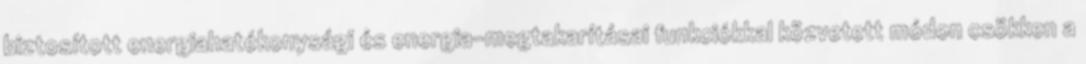
biztosított energiahatékonysági és energia-megtakarításai funkciókkal közvetett módon csökken a